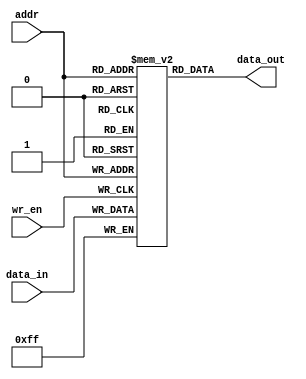
module PROM (
    input wire [7:0] addr,
    input wire [7:0] data_in,
    input wire wr_en,
    output reg [7:0] data_out
);

reg [7:0] memory[0:255];

always @ (posedge wr_en)
begin
    memory[addr] <= data_in;
end

always @ (addr)
begin
    data_out <= memory[addr];
end

endmodule